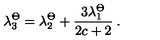
\lambda _ { 3 } ^ { \Theta } = \lambda _ { 2 } ^ { \Theta } + \frac { 3 \lambda _ { 1 } ^ { \Theta } } { 2 c + 2 } \: .